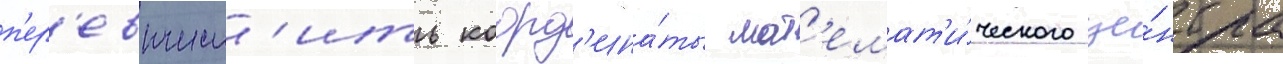
п'ер'евычесл'ить коорд'ина́ты мат'емат'и́ческого це́нтра